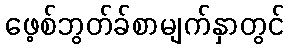
ဖေ့စ်ဘွတ်ခ်စာမျက်နှာတွင်